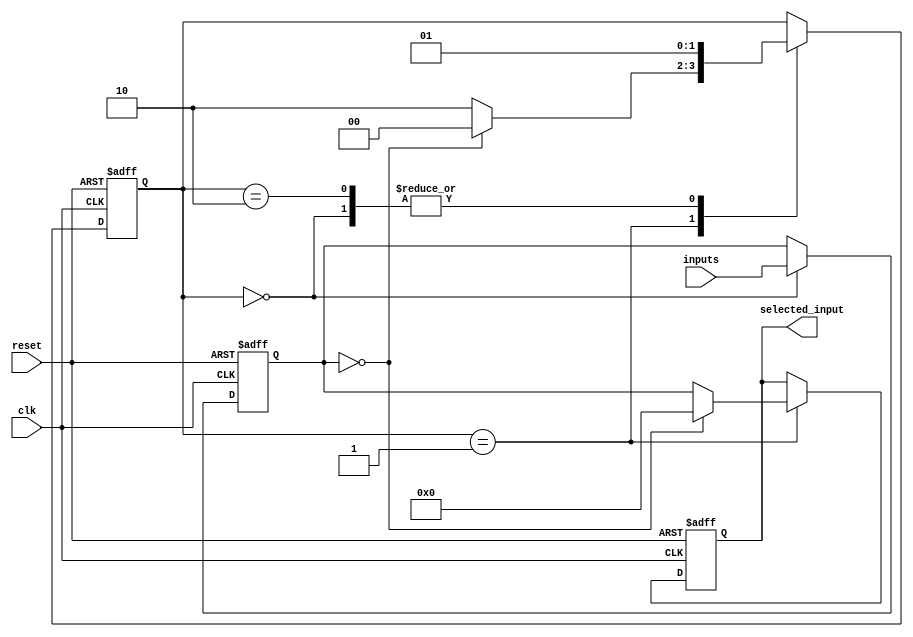
module serial_arbiter (
    input wire clk,
    input wire reset,
    input wire [3:0] inputs,
    output reg [3:0] selected_input
);

reg [3:0] next_input;
reg [1:0] state;

always @ (posedge clk or posedge reset) begin
    if (reset) begin
        next_input <= 4'b0000;
        state <= 2'b00;
        selected_input <= 4'b0000;
    end else begin
        case (state)
            2'b00: begin
                next_input <= inputs;
                state <= 2'b01;
            end
            2'b01: begin
                if (next_input == 4'b0000) begin
                    selected_input <= 4'b0000;
                    state <= 2'b00;
                end else begin
                    selected_input <= next_input;
                    state <= 2'b10;
                end
            end
            2'b10: begin
                state <= 2'b01;
            end
        endcase
    end
end

endmodule